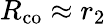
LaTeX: R_{\mathrm{co}}\approx r_{2}